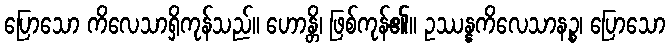
ပြောသော ကိလေသာရှိကုန်သည်။ ဟောန္တိ၊ ဖြစ်ကုန်၏။ ဥဿန္နကိလေသာနဉ္စ၊ ပြောသော